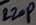
Text: 220P